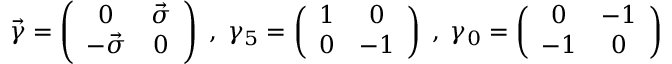
\vec { \gamma } = \left( \begin{array} { c c } { { 0 } } & { { \vec { \sigma } } } \\ { { - \vec { \sigma } } } & { { 0 } } \end{array} \right) \; , \; \gamma _ { 5 } = \left( \begin{array} { c c } { { 1 } } & { { 0 } } \\ { { 0 } } & { { - 1 } } \end{array} \right) \; , \; \gamma _ { 0 } = \left( \begin{array} { c c } { { 0 } } & { { - 1 } } \\ { { - 1 } } & { { 0 } } \end{array} \right)